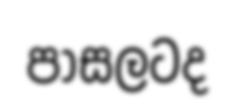
පාසලටද